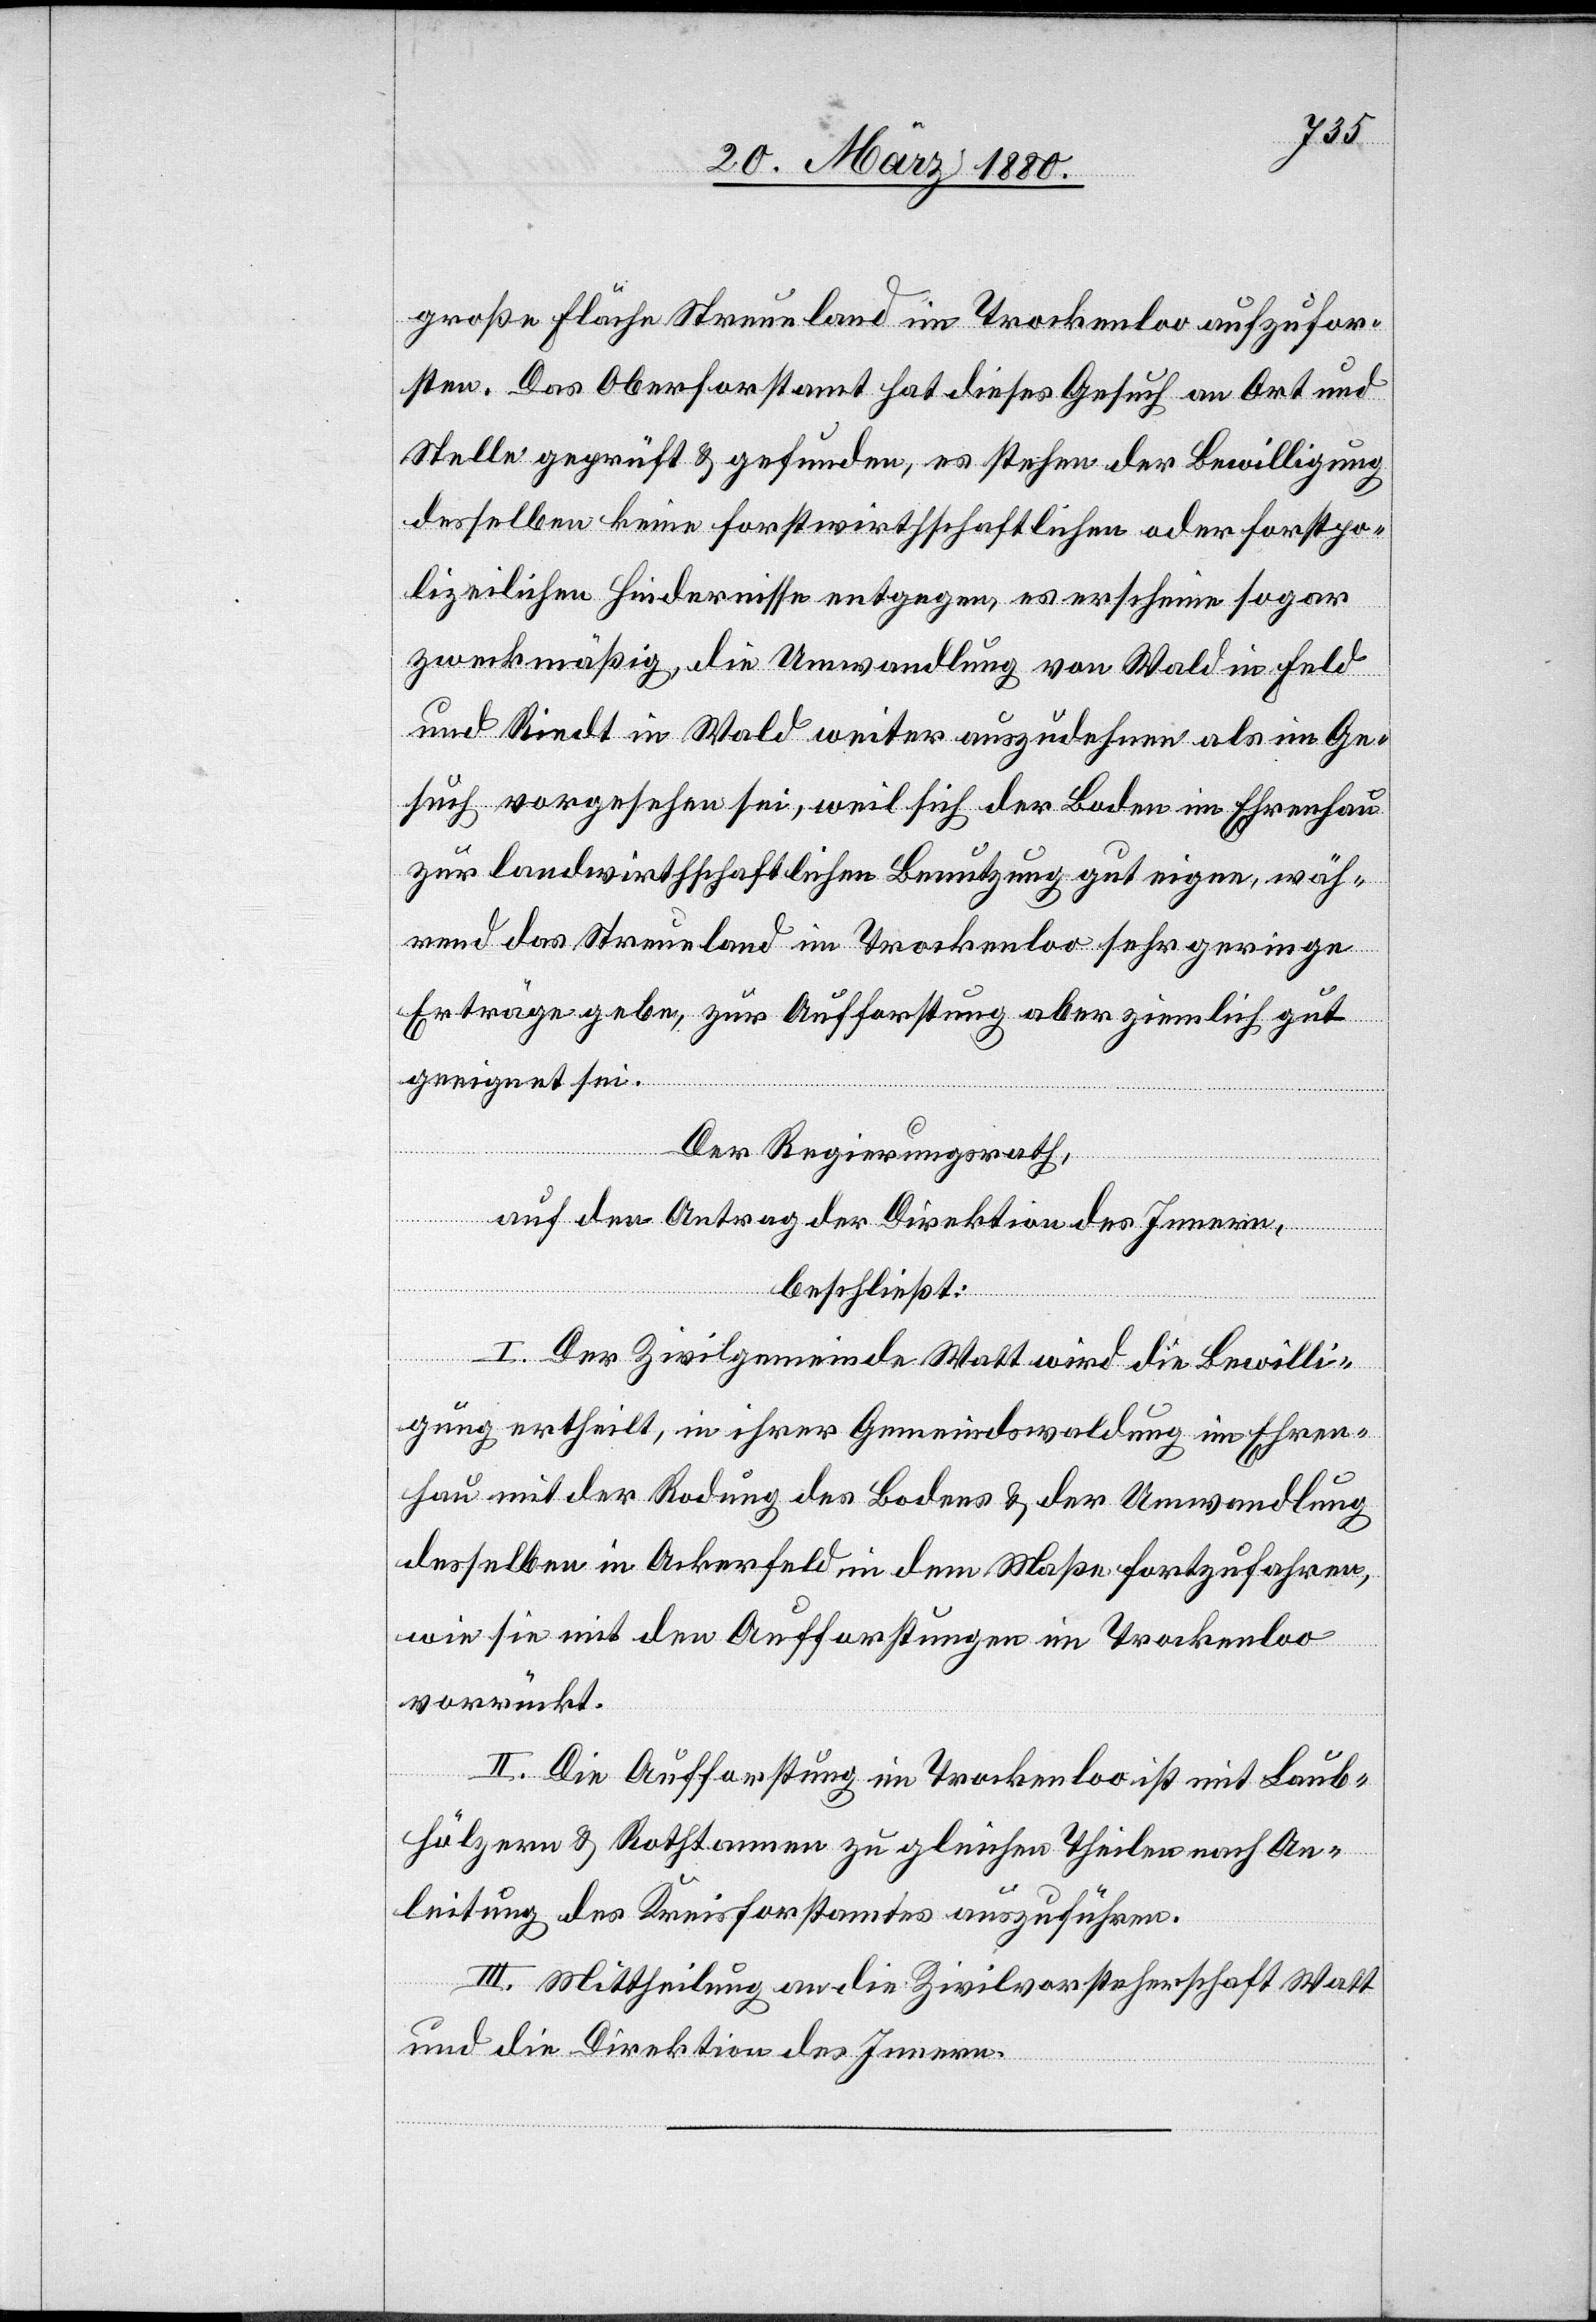
große Fläche Streueland im Trockenloo aufzufor¬
sten. Das Oberforstamt hat dieses Gesuch an Ort und
Stelle geprüft & gefunden, es stehen der Bewilligung
desselben keine forstwirthschaftlichen oder forstpo¬
lizeilichen Hindernisse entgegen, es erscheine sogar
zweckmäßig, die Umwandlung von Wald in Feld
und Riedt in Wald weiter auszudehnen als im Ge¬
such vorgesehen sei, weil sich der Boden im Ehrenhau
zur landwirthschaftlichen Benutzung gut eigne, wäh¬
rend das Streueland im Trockenloo sehr geringe
Erträge gebe, zur Aufforstung aber ziemlich gut
geeignet sei.
Der Regierungsrath,
auf den Antrag der Direktion des Innern,
beschließt:
I. Der Zivilgemeinde Watt wird die Bewilli¬
gung ertheilt, in ihrer Gemeindswaldung im Ehren¬
hau mit der Rodung des Bodens & der Umwandlung
desselben in Ackerfeld in dem Maße fortzufahren,
wie sie mit den Aufforstungen im Trockenloo
vorrückt.
II. Die Aufforstung im Trockenloo ist mit Laub¬
hölzern & Rothtannen zu gleichen Theilen nach An¬
leitung des Kreisforstamtes auszuführen.
III. Mittheilung an die Zivilvorsteherschaft Watt
und die Direktion des Innern.